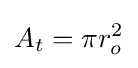
A_{t}=\pi r_{o}^{2}